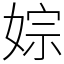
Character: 婃